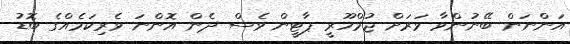
އަންނަން ބޭނުންވާ ވަރަށް ޖުމްހޫރީ ޕާޓީން ވެސް ދެން އޮންނަ ވެރިކަމެއްގެ ބޮޑު